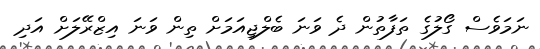
ނަމަވެސް ގޯލުގެ ތަފާތުން ދެ ވަނަ ބެލްޖިއަމަށް ތިން ވަނަ އިޒްރޭލަށް އަދި